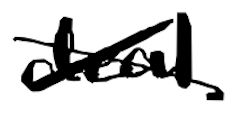
Text: deal
Cross-out: cross
Writing tool: digital_black